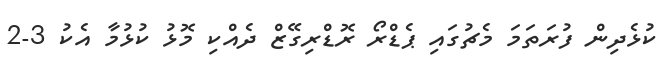
ކުޅެދިން ފުރަތަމަ މެޗުގައި ޕެޑްރޯ ރޮޑްރިގޭޒް ދެއްކި މޮޅު ކުޅުމާ އެކު 3-2